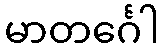
မာတင်္ဂေါ